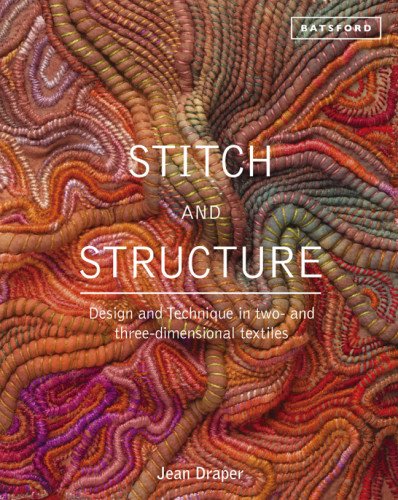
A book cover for Stitch and Structure: Design and Technique in Two- and Three-Dimensional Textiles; Jean Draper; Crafts, Hobbies & Home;